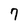
Character: 7